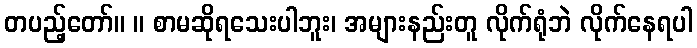
တပည့်တော်။ ။ စာမဆိုရသေးပါဘူး၊ အများနည်းတူ လိုက်ရုံဘဲ လိုက်နေရပါ